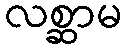
လစ္ဆာမ